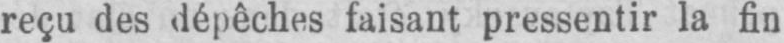
reçu des dépêches faisant pressentir la fin